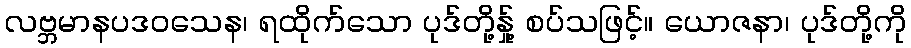
လဗ္ဘမာနပဒဝသေန၊ ရထိုက်သော ပုဒ်တို့နှု့် စပ်သဖြင့်။ ယောဇနာ၊ ပုဒ်တို့ကို